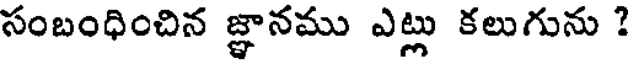
సంబంధించిన జ్ఞానము ఎట్లు కలుగును ?